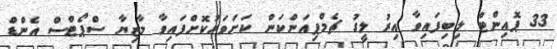
33 ޕޮއިންޓް ލިބިފައިވާ އިރު ލީގު ޗެމްޕިއަންކަން ކަށަވަރުކޮށްފައިވާ މާޒިޔާ ސްޕޯޓްސް އެންޑް